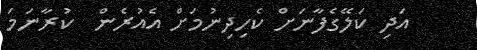
އަދި ކަލޭގެފާނަށް ކެހިދިނުމަށް އެއުރެން  ކުރާނަމަ